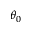
\theta _ { 0 }